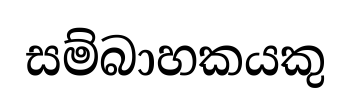
සම්බාහකයකු